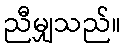
ညီမျှသည်။